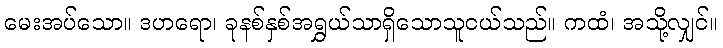
မေးအပ်သော။ ဒဟရော၊ ခုနစ်နှစ်အရွှယ်သာရှိသောသူငယ်သည်။ ကထံ၊ အသို့လျှင်။